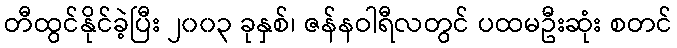
တီထွင်နိုင်ခဲ့ပြီး ၂၀၀၃ ခုနှစ်၊ ဇန်နဝါရီလတွင် ပထမဦးဆုံး စတင်